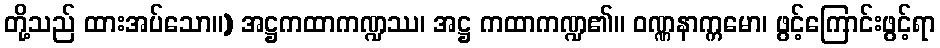
တို့သည် ထားအပ်သော။) အဋ္ဌကထာကဏ္ဍဿ၊ အဋ္ဌ ကထာကဏ္ဍ၏။ ဝဏ္ဏနာက္ကမော၊ ဖွင့်ကြောင်းဖွင့်ရာ